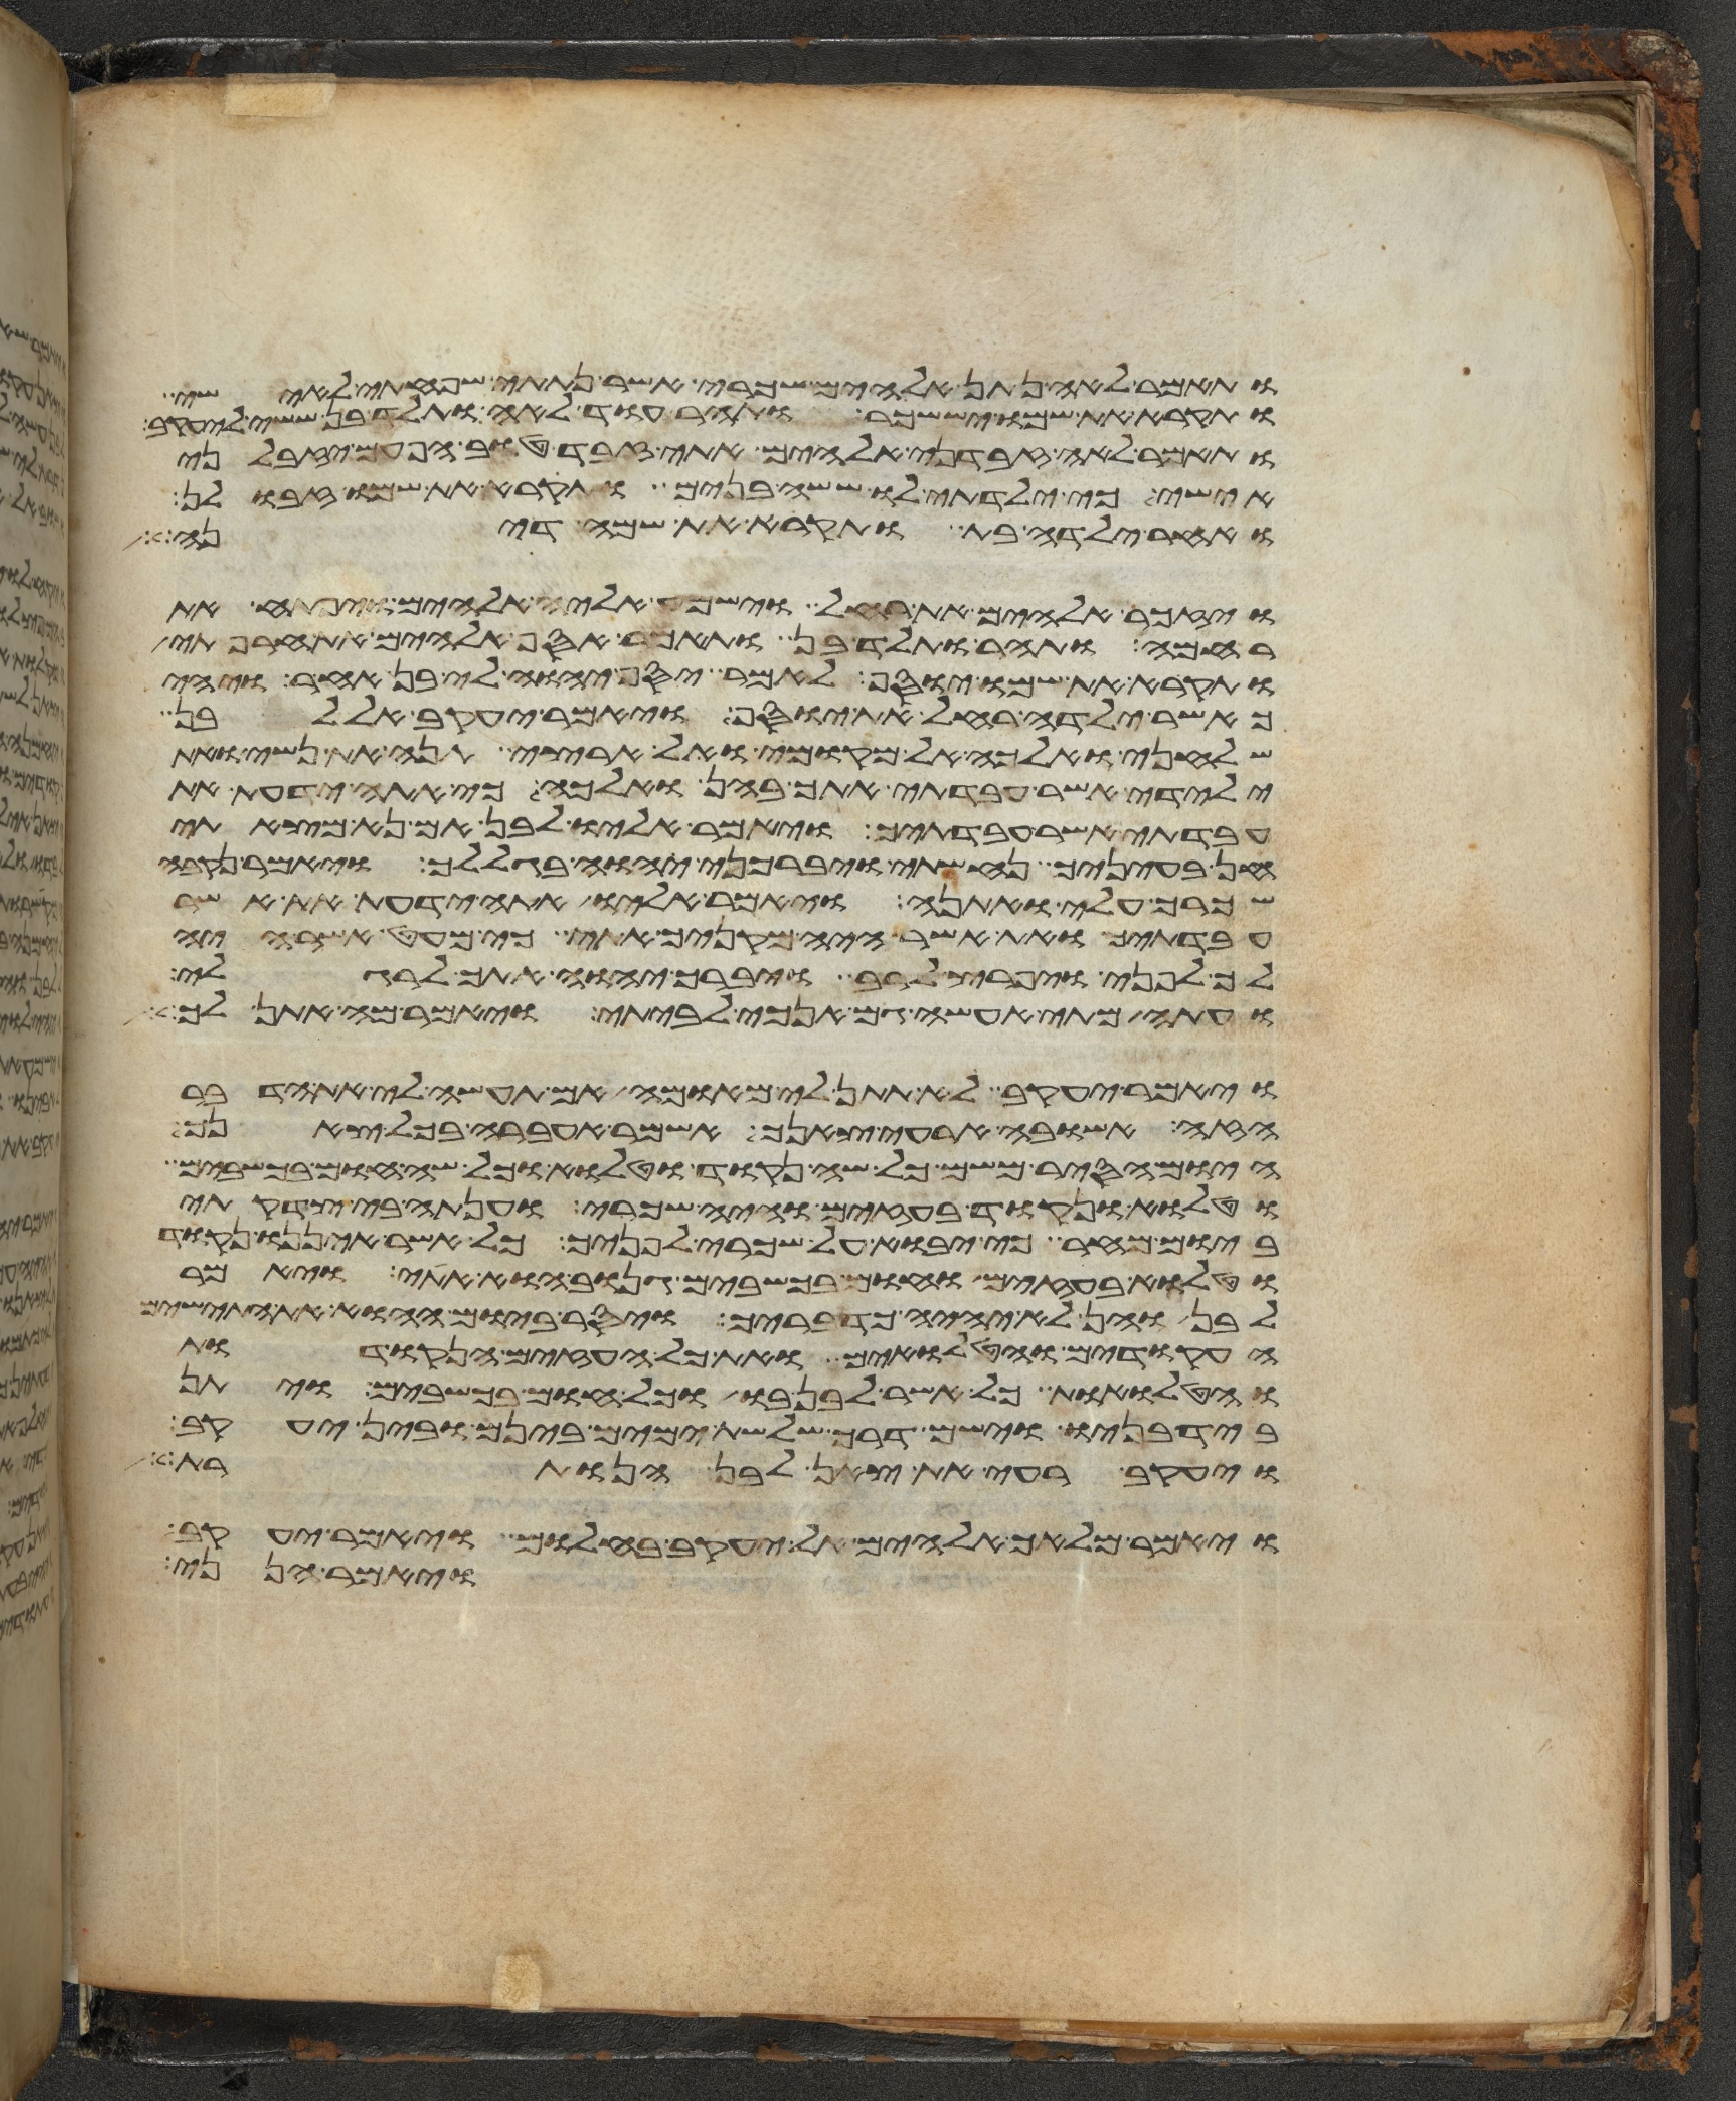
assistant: ותאמר לאה נתן אלהים שכרי אשר נתתי שפחתי לאישי
ותקרא את שמו יששכר ותהר עוד לאה ותלד בן ששי ליעקב
ותאמר לאה זבדני אלהים אתי זבד טוב הפעם יזבלני
אישי כי ילדתי לו ששה בנים ותקרא את שמו זבולן
ואחר ילדה בת ותקרא את שמה דינה
ויזכר אלהים את רחל וישמע אליה אלהים ויפתח את
רחמה ותהר ותלד בן ותאמר אסף אלהים את חרפתי
ותקרא את שמו יוסף לאמר יסף יהוה לי בן אחר ויהי
כאשר ילדה רחל את יוסף ויאמר יעקב אל לבן
שלחני ואלכה אל מקומי ואל ארצי תנה את נשי ואת
ילדי אשר עבדתי אתך בהן ואלכה כי אתה ידעת את
עבדתי אשר עבדתיך ויאמר אליו לבן אם נא מצאתי
חן בעיניך נחשתי ויברכני יהוה בגללך ויאמר נקבה
שכרך עלי ואתנה ויאמר אליו אתה ידעת את אשר
עבדתיך ואת אשר היה מקניך אתי כי מעט אשר היה
לך לפני ויפרץ לרב ויברך יהוה אתך לרגלי
ועתה מתי אעשה גם אנכי לביתי ויאמר מה אתן לך
ויאמר יעקב לא תתן לי מאומה אם תעשה לי את הדבר
הזה אשובה ארעה צאנך אשמר אעבר בכל צאנך
היום הסיר משם כל שה נקוד וטלוא וכל שה חום בכשבים
וטלוא ונקוד בעזים והיה שכרי וענתה בי צדקתי
ביום מחר כי יבוא על שכרי לפניך כל אשר איננו נקוד
וטלוא בעזים וחום בכשבים גנוב הוא אתי ויאמר
לבן והן לא יהיה כדבריך ויסר ביום ההוא את התישים
העקודים והטלואים ואת כל העזים הנקודות
והטלואת כל אשר לבן בו וכל חום בכשבים ויתן
ביד בניו וישם דרך שלשת ימים בינם ובין יעקב
ויעקב רעה את צאן לבן הנותרת
ויאמר מלאך אלהים אל יעקב בחלום ויאמר יעקב
ויאמר הנני